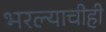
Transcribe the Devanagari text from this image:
भरल्याचीही